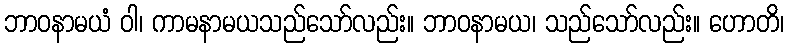
ဘာဝနာမယံ ဝါ၊ ကာမနာမယသည်သော်လည်း။ ဘာဝနာမယ၊ သည်သော်လည်း။ ဟောတိ၊